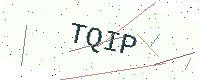
Text: TQIP